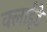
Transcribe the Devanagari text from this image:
क्लाईडे